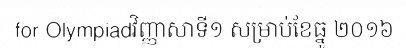
for Olympiadវិញ្ញាសាទី១ សម្រាប់ខែធ្នូ ២០១៦